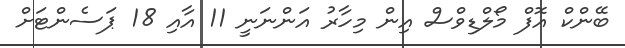
ބޭންކް އޮފް މޯލްޑިވްސް އިން މިހާރު އަންނަނީ 11 އާއި 18 ޕަސެންޓަށް